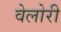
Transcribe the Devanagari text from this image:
वेलोरी